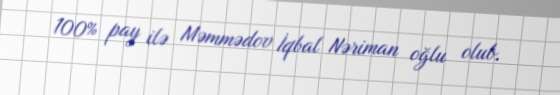
100% pay ilə Məmmədov İqbal Nəriman oğlu olub.